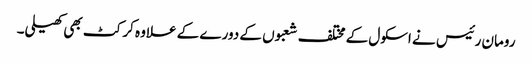
رومان رئیس نے اسکول کے مختلف شعبوں کے دورے کے علاوہ کرکٹ بھی کھیلی۔